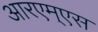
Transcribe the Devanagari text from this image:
आरएम्एस